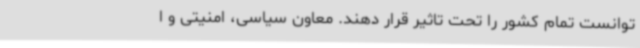
توانست تمام کشور را تحت تاثیر قرار ‌دهند. معاون سیاسی، امنیتی و ا